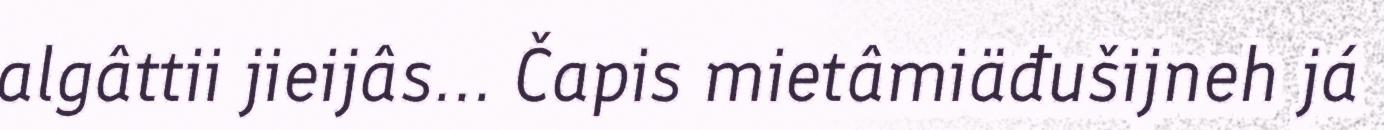
algâttii jieijâs... Čapis mietâmiäđušijneh já